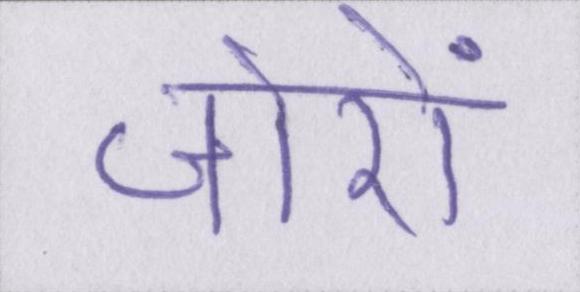
जोरों